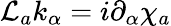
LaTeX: {\cal L}_{a}k_{\alpha}=i\partial_{\alpha}\chi_{a}